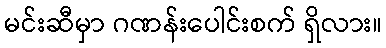
မင်းဆီမှာ ဂဏန်းပေါင်းစက် ရှိလား။